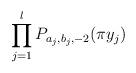
LaTeX: \begin{align*}\prod_{j=1}^l P_{a_{j},b_{j},-2}(\pi y_j)\end{align*}